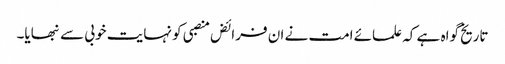
تاریخ گواہ ہے کہ علمائے امت نے ان فرائض منصبی کو نہایت خوبی سے نبھایا۔